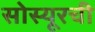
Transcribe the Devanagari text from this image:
सोस्यूरची